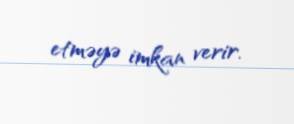
etməyə imkan verir.